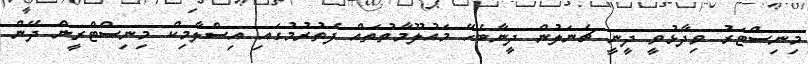
މިނިސްޓަރު ވިދާޅުވީ ދީނީ ޗެނަލުން ދީނާބެހޭ މައުލޫމާތުތައް ފެތުރުމުގައި އިސްލާމިކް މިނިސްޓްރީން ދޭން